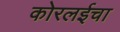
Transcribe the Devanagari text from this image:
कोरलईचा